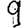
Digit: 9